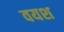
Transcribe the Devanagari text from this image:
वयश